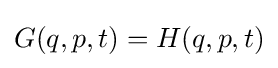
G(q,p,t)=H(q,p,t)